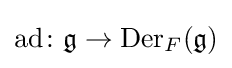
\operatorname {ad} \colon {\mathfrak {g}}\to {\text{Der}}_{F}({\mathfrak {g}})